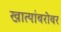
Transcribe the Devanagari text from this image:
खात्यांबरोबर